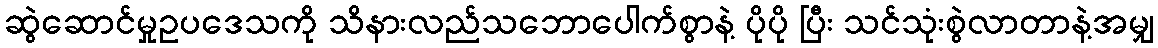
ဆွဲဆောင်မှုဥပဒေသကို သိနားလည်သဘောပေါက်စွာနဲ့ ပိုပို ပြီး သင်သုံးစွဲလာတာနဲ့အမျှ